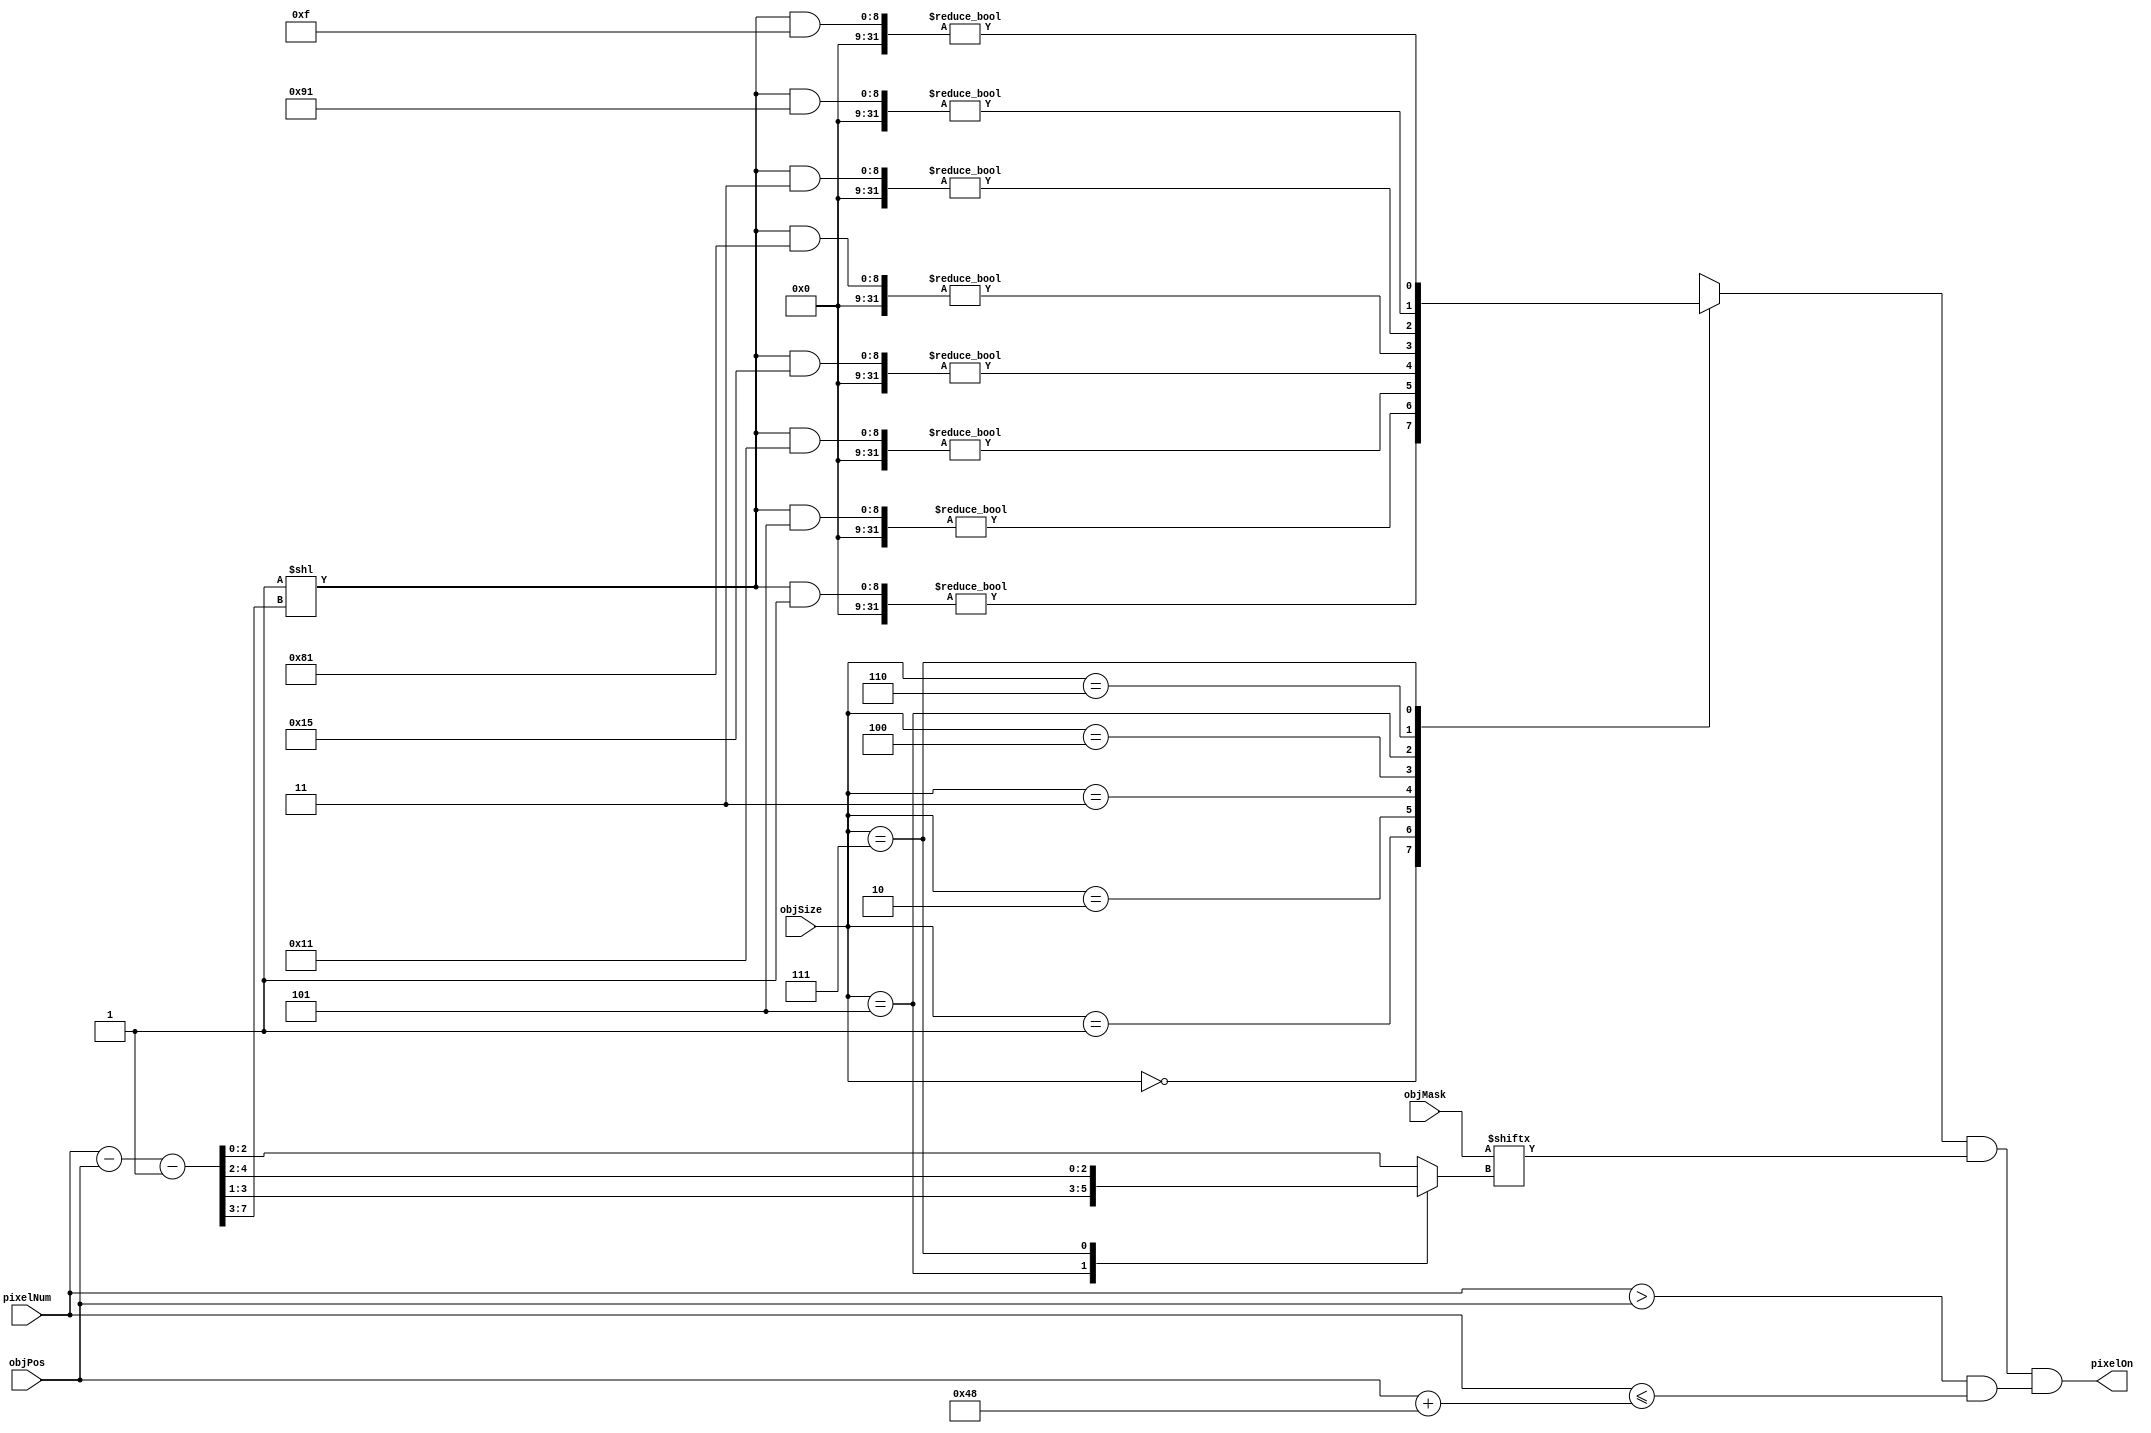
module objPixelOn(pixelNum, objPos, objSize, objMask, pixelOn);
   input [7:0] pixelNum, objPos, objMask;
   input [2:0] objSize;
   output      pixelOn;
   wire [7:0]  objIndex;
   wire [8:0]  objByteIndex;
   wire        objMaskOn, objPosOn;
   reg 	       objSizeOn;
   reg [2:0]   objMaskSel;
   assign objIndex = pixelNum - objPos - 8'd1;
   assign objByteIndex = 9'b1 << (objIndex[7:3]);
   always @(objSize, objByteIndex)
     begin
	case (objSize)
	  3'd0: objSizeOn <= (objByteIndex & 9'b00000001) != 0;
	  3'd1: objSizeOn <= (objByteIndex & 9'b00000101) != 0;
	  3'd2: objSizeOn <= (objByteIndex & 9'b00010001) != 0;
	  3'd3: objSizeOn <= (objByteIndex & 9'b00010101) != 0;
	  3'd4: objSizeOn <= (objByteIndex & 9'b10000001) != 0;
	  3'd5: objSizeOn <= (objByteIndex & 9'b00000011) != 0;
	  3'd6: objSizeOn <= (objByteIndex & 9'b10010001) != 0;
	  3'd7: objSizeOn <= (objByteIndex & 9'b00001111) != 0;
	endcase
     end
   always @(objSize, objIndex)
     begin
	case (objSize)
	  3'd5: objMaskSel <= objIndex[3:1];
	  3'd7: objMaskSel <= objIndex[4:2];
	  default: objMaskSel <= objIndex[2:0];
	endcase
     end
   assign objMaskOn = objMask[objMaskSel];
   assign objPosOn = (pixelNum > objPos) && ({1'b0, pixelNum} <= {1'b0, objPos} + 9'd72);
   assign pixelOn = objSizeOn && objMaskOn && objPosOn;
endmodule